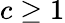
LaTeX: c\ge 1